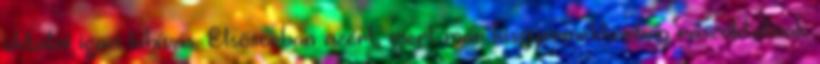
oktatni igazi kihívás. Elsősorban azért, mert már kisgyermekkorban rászoktatnak